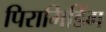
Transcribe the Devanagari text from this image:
पिरामिडिंग